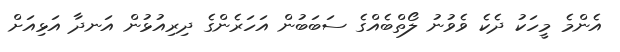
އެންމެ މީހަކު ދެކެ ވެވުނު ލޯތްބެއްގެ ސަބަބުން އަހަރެންގެ ދިރިއުޅުން އަނދާ އަޅިއަށް